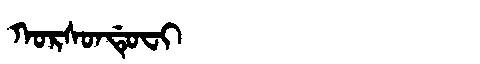
Manchu: ᡴᠣᡵᠰᠣᠨᡩᡠᠸᡳ
Romanization: KORSONDUFI